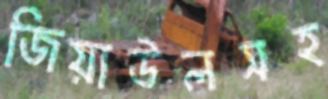
জিয়াউলসহ